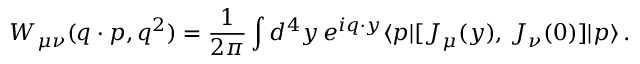
W _ { \mu \nu } ( q \cdot p , q ^ { 2 } ) = \frac { 1 } { 2 \pi } \int d ^ { 4 } y \, e ^ { i q \cdot y } \langle p | [ J _ { \mu } ( y ) , \, J _ { \nu } ( 0 ) ] | p \rangle \, .